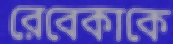
রেবেকাকে